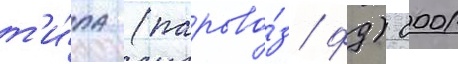
т'и́па (парово́з фд) 0001